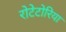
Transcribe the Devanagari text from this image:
रोटेटोरिया